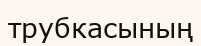
трубкасының